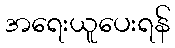
အရေးယူပေးရန်